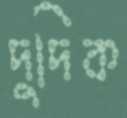
দুদিক